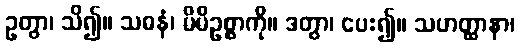
ဥတွာ၊ သိ၍။ သဓနံ၊ မိမိဥစ္စာကို။ ဒတွာ၊ ပေး၍။ သဟတ္ထာနာ၊